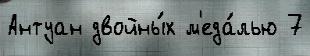
Антуан двойны́х м'еда́лью 7